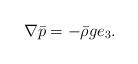
LaTeX: \begin{align*}\nabla \bar{p}=-\bar{\rho}g {e}_3.\end{align*}